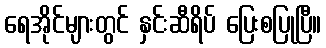
ရေအိုင်များတွင် နှင်းဆီရိပ် ပြေးစပြုပြီ။